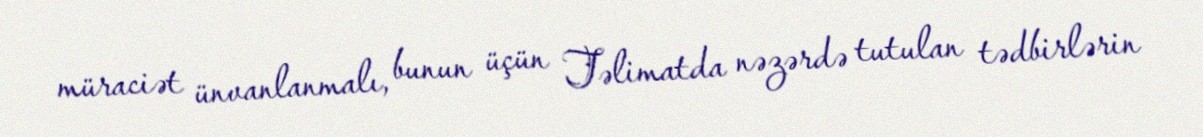
müraciət ünvanlanmalı, bunun üçün Təlimatda nəzərdə tutulan tədbirlərin